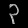
Digit: ၃